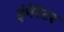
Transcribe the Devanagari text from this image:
इंपेरेटर